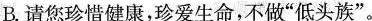
B.请您珍惜健康，珍爱生命，不做”低头族”。